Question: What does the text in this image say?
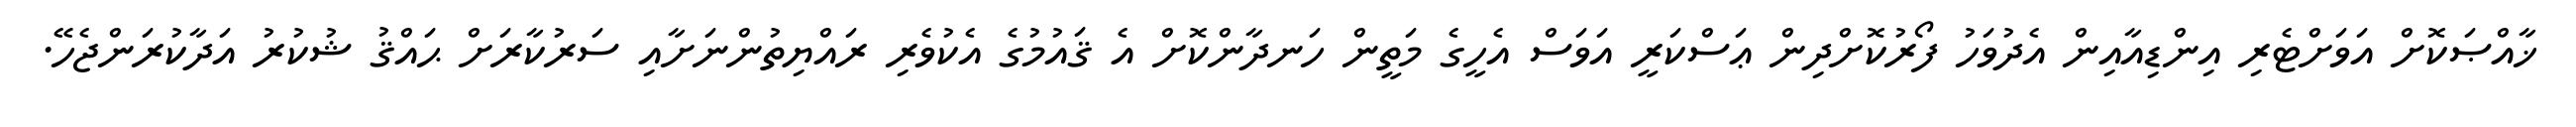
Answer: ޚާއްޞަކޮށް އަވަށްޓެރި އިންޑިއާއިން އެދުވަހު ފޯރުކޮށްދިން ޢަސްކަރީ އަވަސް އެހީގެ މަތީން ހަނދާންކޮށް އެ ޤައުމުގެ އެކުވެރި ރައްޔިތުންނަށާއި ސަރުކާރަށް ޙައްޤު ޝުކުރު އަދާކުރަންޖެހޭ.